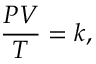
{ \frac { P V } { T } } = k ,